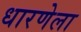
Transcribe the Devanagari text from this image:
धारणेला